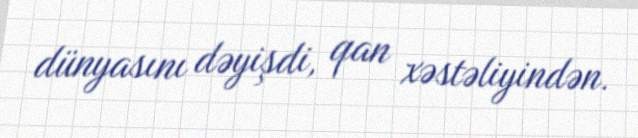
dünyasını dəyişdi, qan xəstəliyindən.